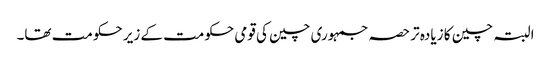
البتہ چین کا زیادہ تر حصہ جمہوری چین کی قومی حکومت کے زیر حکومت تھا۔